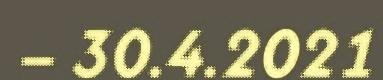
– 30.4.2021